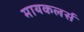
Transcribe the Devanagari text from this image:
मायकलर्स